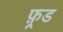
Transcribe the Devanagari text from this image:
फ़्रड